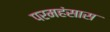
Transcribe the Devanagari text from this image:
परमहंसास